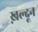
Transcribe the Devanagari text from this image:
ख़ल्दून